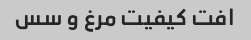
افت کیفیت مرغ و سس